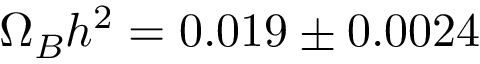
\Omega _ { B } h ^ { 2 } = 0 . 0 1 9 \pm 0 . 0 0 2 4